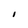
Character: I